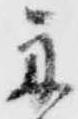
舟